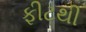
ફીટથી